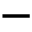
-